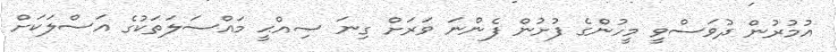
އުމުރުން ދުވަސްވީ މީހުންގެ ފުށުން ފެންނަ ވަރަށް ގިނަ ޞިއްޙީ މައްސަލަތަކުގެ އަސްލަކަށް